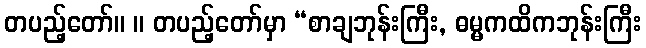
တပည့်တော်။ ။ တပည့်တော်မှာ “စာချဘုန်းကြီး, ဓမ္မကထိကဘုန်းကြီး